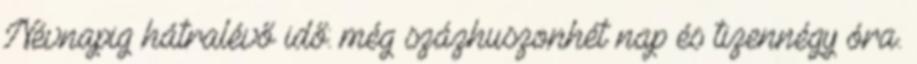
Névnapig hátralévő idő: még százhuszonhét nap és tizennégy óra.